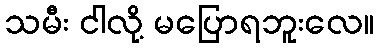
သမီး ငါလို့ မပြောရဘူးလေ။